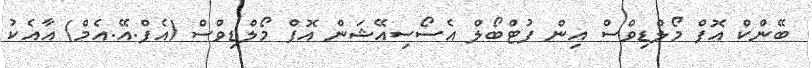
ބޭންކް އޮފް މޯލްޑިވްސް އިން ފުޓްބޯލް އެސޯސިއޭޝަން އޮފް މޯލްޑިވްސް (އެފް.އޭ.އެމް) އާއެކު